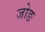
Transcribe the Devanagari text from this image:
जोङ